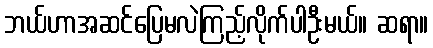
ဘယ်ဟာအဆင်ပြေမလဲကြည့်လိုက်ပါဦးမယ်။ ဆရာ။